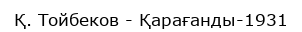
Қ. Тойбеков - Қарағанды-1931